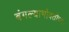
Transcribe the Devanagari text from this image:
बंगल्याभोवतीच्या